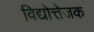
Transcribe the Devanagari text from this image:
विद्योत्तेजक